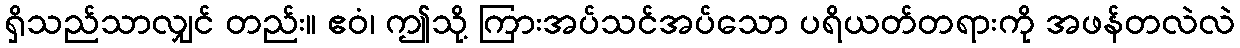
ရှိသည်သာလျှင် တည်း။ ဧဝံ၊ ဤသို့ ကြားအပ်သင်အပ်သော ပရိယတ်တရားကို အဖန်တလဲလဲ